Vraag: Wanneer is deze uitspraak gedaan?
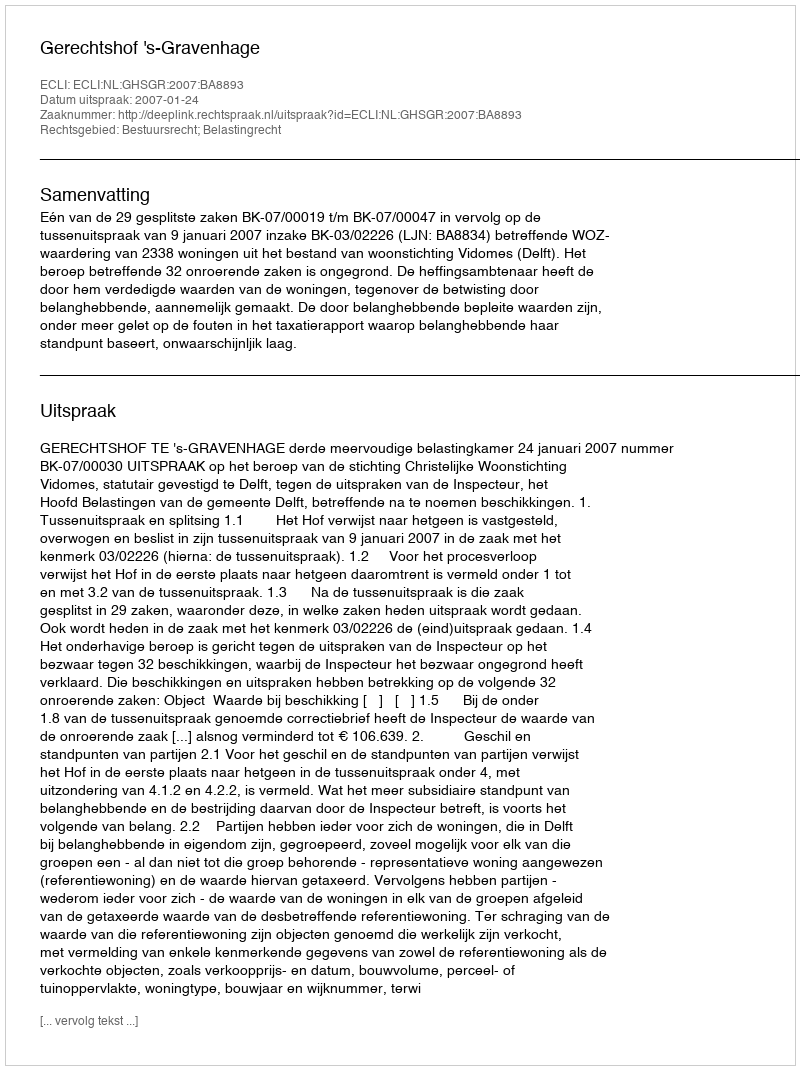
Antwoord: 2007-01-24